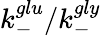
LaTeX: k_{-}^{glu}/k_{-}^{gly}